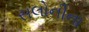
સલોનીના